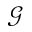
\mathcal { G }